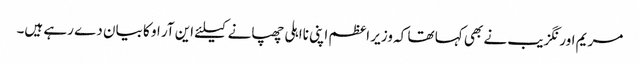
مریم اورنگزیب نے بھی کہا تھا کہ وزیر اعظم اپنی نااہلی چھپانے کیلئے این آر او کا بیان دے رہے ہیں۔